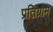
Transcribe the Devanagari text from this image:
प्रतिग्राम